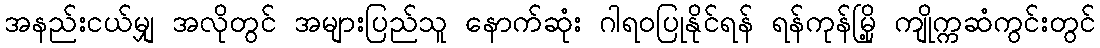
အနည်းငယ်မျှ အလိုတွင် အများပြည်သူ နောက်ဆုံး ဂါရဝပြုနိုင်ရန် ရန်ကုန်မြို့ ကျိုက္ကဆံကွင်းတွင်